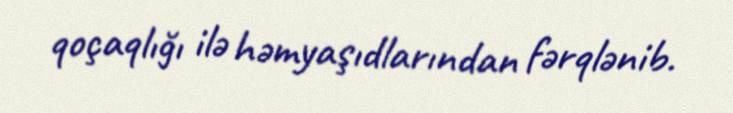
qoçaqlığı ilə həmyaşıdlarından fərqlənib.